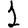
Digit: 1